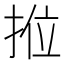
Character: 𭠿